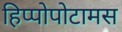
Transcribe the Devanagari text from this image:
हिप्पोपोटामस